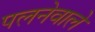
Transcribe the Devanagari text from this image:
पलनेवाले